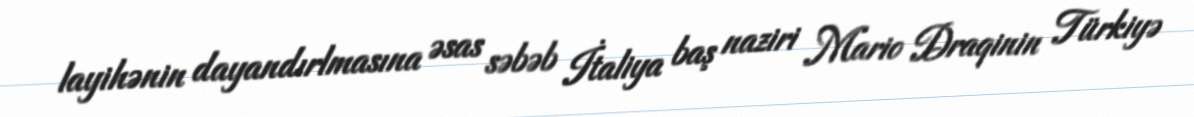
layihənin dayandırlmasına əsas səbəb İtaliya baş naziri Mario Draqinin Türkiyə